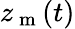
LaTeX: z_{\mathrm{~m~}}(t)